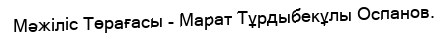
Мәжіліс Төрағасы - Марат Тұрдыбекұлы Оспанов.